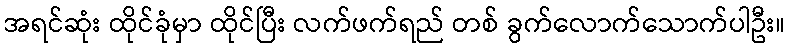
အရင်ဆုံး ထိုင်ခုံမှာ ထိုင်ပြီး လက်ဖက်ရည် တစ် ခွက်လောက်သောက်ပါဦး။